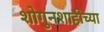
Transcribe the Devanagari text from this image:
शोगुनशाहीच्या